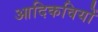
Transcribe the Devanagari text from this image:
आदिकवियों